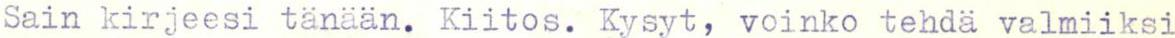
Sain kirjeesi tänään. Kiitos. Kysyt, voinko tehdä valmiiksi